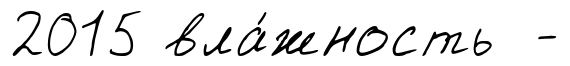
2015 вла́жность -